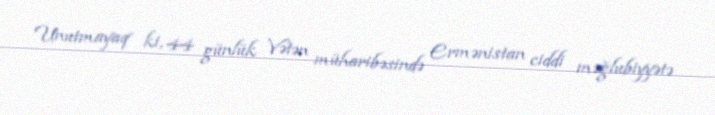
Unutmayaq ki, 44 günlük Vətən müharibəsində Ermənistan ciddi məğlubiyyətə